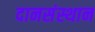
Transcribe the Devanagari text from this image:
दानसंस्थान